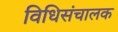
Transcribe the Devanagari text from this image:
विधिसंचालक